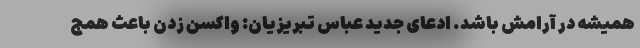
همیشه در آرامش باشد. ادعای جدید عباس تبریزیان: واکسن زدن باعث همج